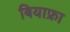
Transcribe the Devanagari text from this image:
बियाफ्रा